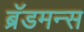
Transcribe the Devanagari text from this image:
ब्रॅडमन्स